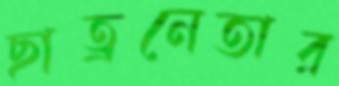
ছাত্রনেতার